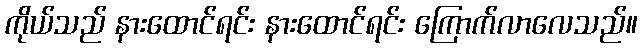
ကိုယ်သည် နားထောင်ရင်း နားထောင်ရင်း ကြောက်လာလေသည်။